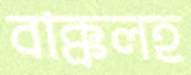
বাক্‌কলহ